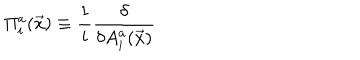
LaTeX: \Pi _ { i } ^ { a } ( \vec { x } ) \equiv \frac { 1 } { i } \frac { \delta } { \delta A _ { i } ^ { a } ( \vec { x } ) }